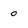
Character: O